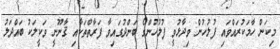
މިކަން ހާމަކުރައްވައި ފުލުހުން ވިދާޅުވީ ފުލުހުންގެ ބަންދުގައިވާ ފަރާތްތަކާއި ޤާނޫނީ ވަކީލަކު ބައްދަލު